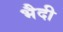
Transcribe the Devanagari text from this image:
भैदी